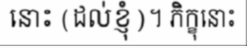
នោះ (ដល់ខ្ញុំ)។ ភិក្ខុនោះ